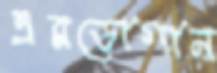
এরডোগান